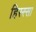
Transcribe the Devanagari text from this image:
हिस्स्सा